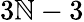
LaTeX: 3\mathbb{N}-3